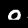
Digit: 0